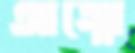
আত্মো